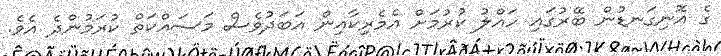
ގެ އޮނިގަނޑުން ބޭރުގައި ހައްލު ކުރުމަށް އެމެރިކާއިން އަބަދުވެސް މަސައްކަތް ކުރަމުންދެ އެވެ.